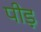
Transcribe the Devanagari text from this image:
पीड़